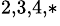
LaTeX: ^{2,3,4,*}